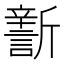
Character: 𣃎